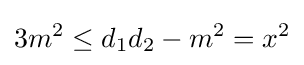
3m^{2}\leq d_{1}d_{2}-m^{2}=x^{2}